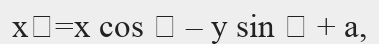
х=х cos  – y sіn  + a,